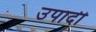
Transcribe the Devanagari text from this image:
उपादी